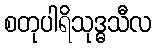
စတုပါရိသုဒ္ဓသီလ